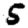
Digit: 5